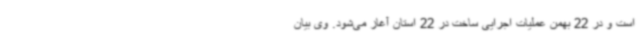
است و در 22 بهمن عملیات اجرایی ساخت در 22 استان آغاز می‌شود. وی بیان